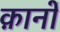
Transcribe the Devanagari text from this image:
क़ानों